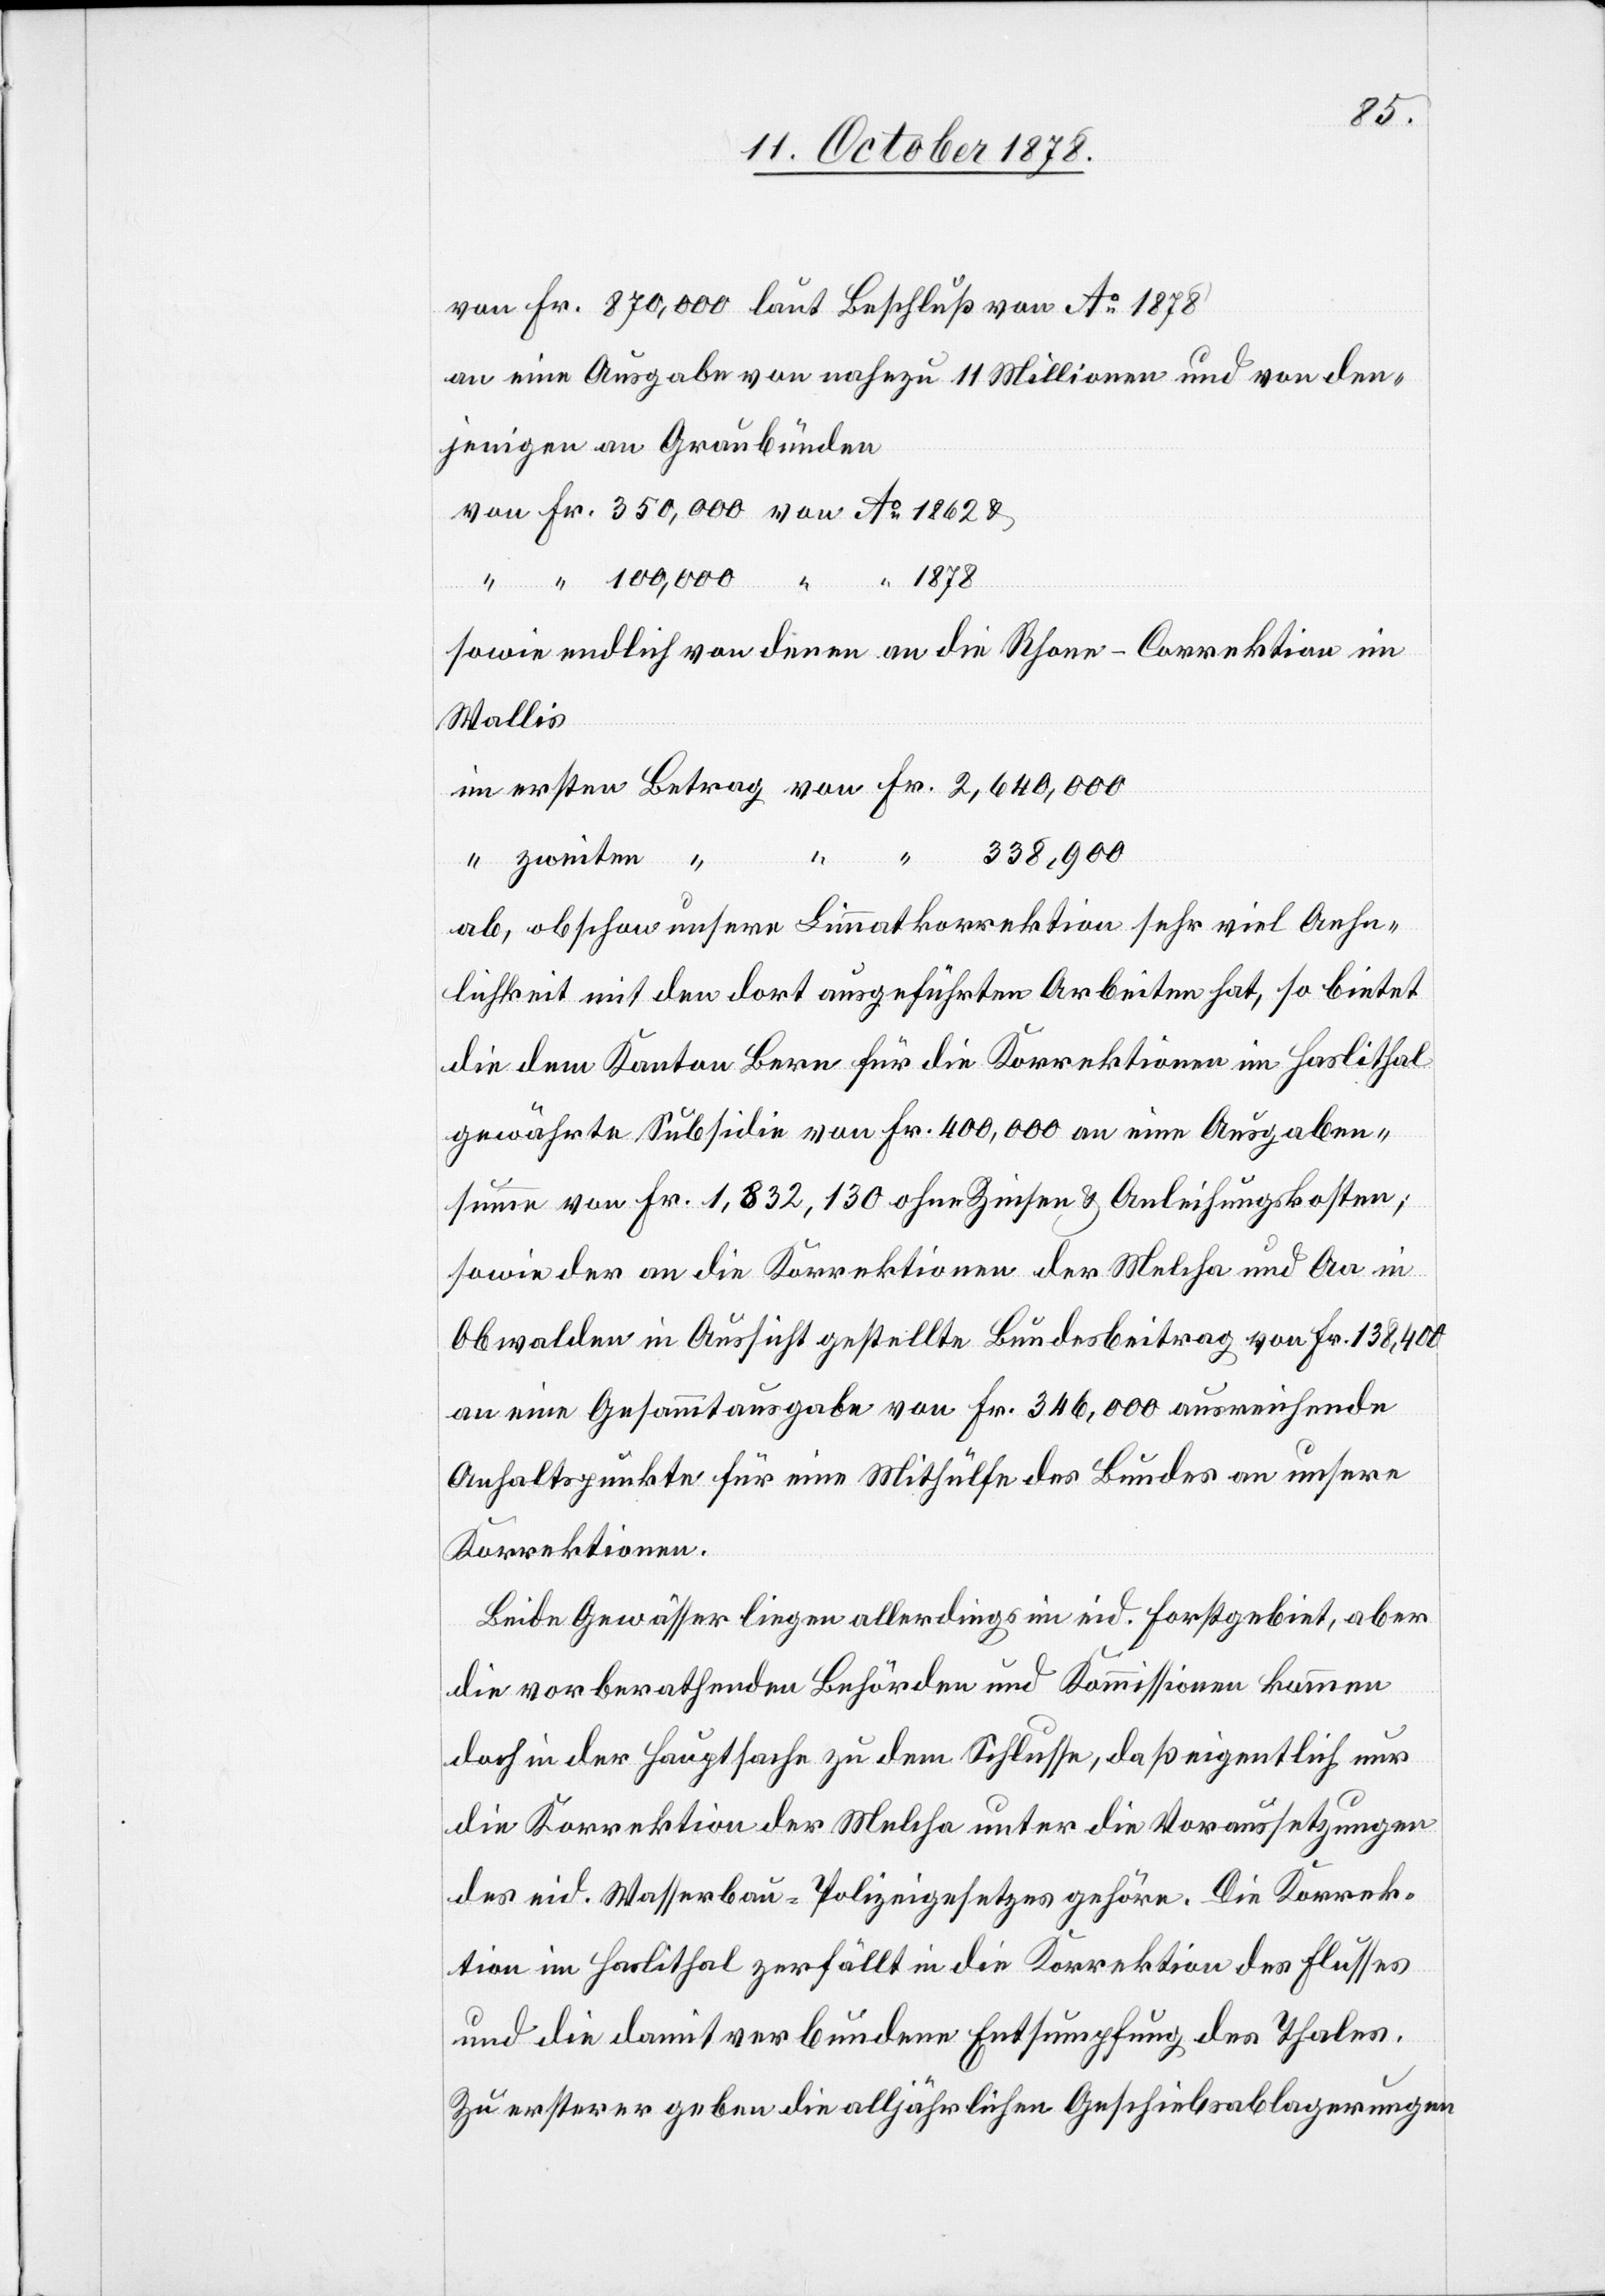
von Fr. 870,000 laut Beschluß von Ao 1878
an eine Ausgabe von nahezu 11 Millionen und von den¬
jenigen an Graubünden
von Fr. 350,000 von Ao 1862 &
“ “ 100,000 “ “ 1878
sowie endlich von denen an die Rhone-Correktion im
Wallis
im ersten Betrag von Fr. 2,640,000
338,900
ab, obschon unsere Limmatkorrektion sehr viel Aehn¬
lichkeit mit den dort ausgeführten Arbeiten hat, so bietet
die dem Kanton Bern für die Korrektionen im Haslithal
gewährte Subsidie von Fr. 400,000 an eine Ausgaben¬
summe von Fr. 1,832,130 ohne Zinsen & Anleihungskosten;
sowie der an die Korrektionen der Melcha und Aa in
Obwalden in Aussicht gestellte Bundesbeitrag von Fr. 138,400
an eine Gesammtausgabe von Fr. 346,000 ausreichende
Anhaltspunkte für eine Mithülfe des Bundes an unsere
Korrektionen.
Beide Gewässer liegen allerdings im eid. Forstgebiet, aber
die vorberathenden Behörden und Kommissionen kommen
doch in der Hauptsache zu dem Schlusse, daß eigentlich nur
die Korrektion der Mulcha unter die Voraussetzungen
des eid. Wasserbau-Polizeigesetzes gehöre. Die Korrek¬
tion im Haslithal zerfällt in die Korrektion des Flusses
und die damit verbundene Entsumpfung des Thales.
Zu ersterer geben die alljährlichen Geschiebsablagerungen